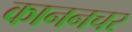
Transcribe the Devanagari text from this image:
काननचर